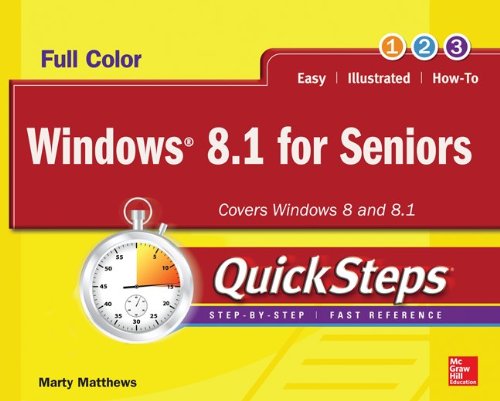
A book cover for Windows 8.1 for Seniors QuickSteps; Marty Matthews; Computers & Technology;